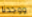
ووجدنا